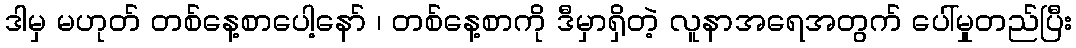
ဒါမှ မဟုတ် တစ်နေ့စာပေါ့နော် ၊ တစ်နေ့စာကို ဒီမှာရှိတဲ့ လူနာအရေအတွက် ပေါ်မှုတည်ပြီး